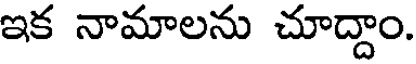
ఇక నామాలను చూద్దాం.